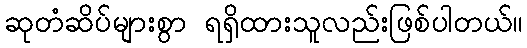
ဆုတံဆိပ်များစွာ ရရှိထားသူလည်းဖြစ်ပါတယ်။